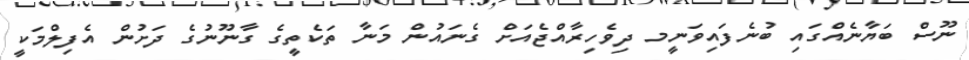
ނޫސް ބަޔާނެއްގައި ބުނެފައިވަނީމ ދިވެހިރާއްޖެއަށް ގެނައުން މަނާ ތަކެތީގެ ގާނޫނުގެ ދަށުން އެފިލްމަކީ